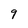
Character: 9